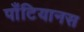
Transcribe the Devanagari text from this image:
पाँटियानस